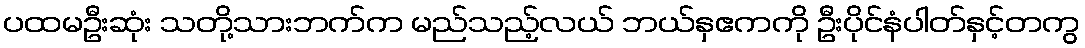
ပထမဦးဆုံး သတို့သားဘက်က မည်သည့်လယ် ဘယ်နှဧကကို ဦးပိုင်နံပါတ်နှင့်တကွ